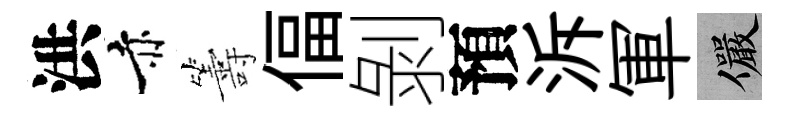
洪赤籌偪剝預泝軍儼